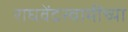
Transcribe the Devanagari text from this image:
राघवेंद्रस्वामींच्या